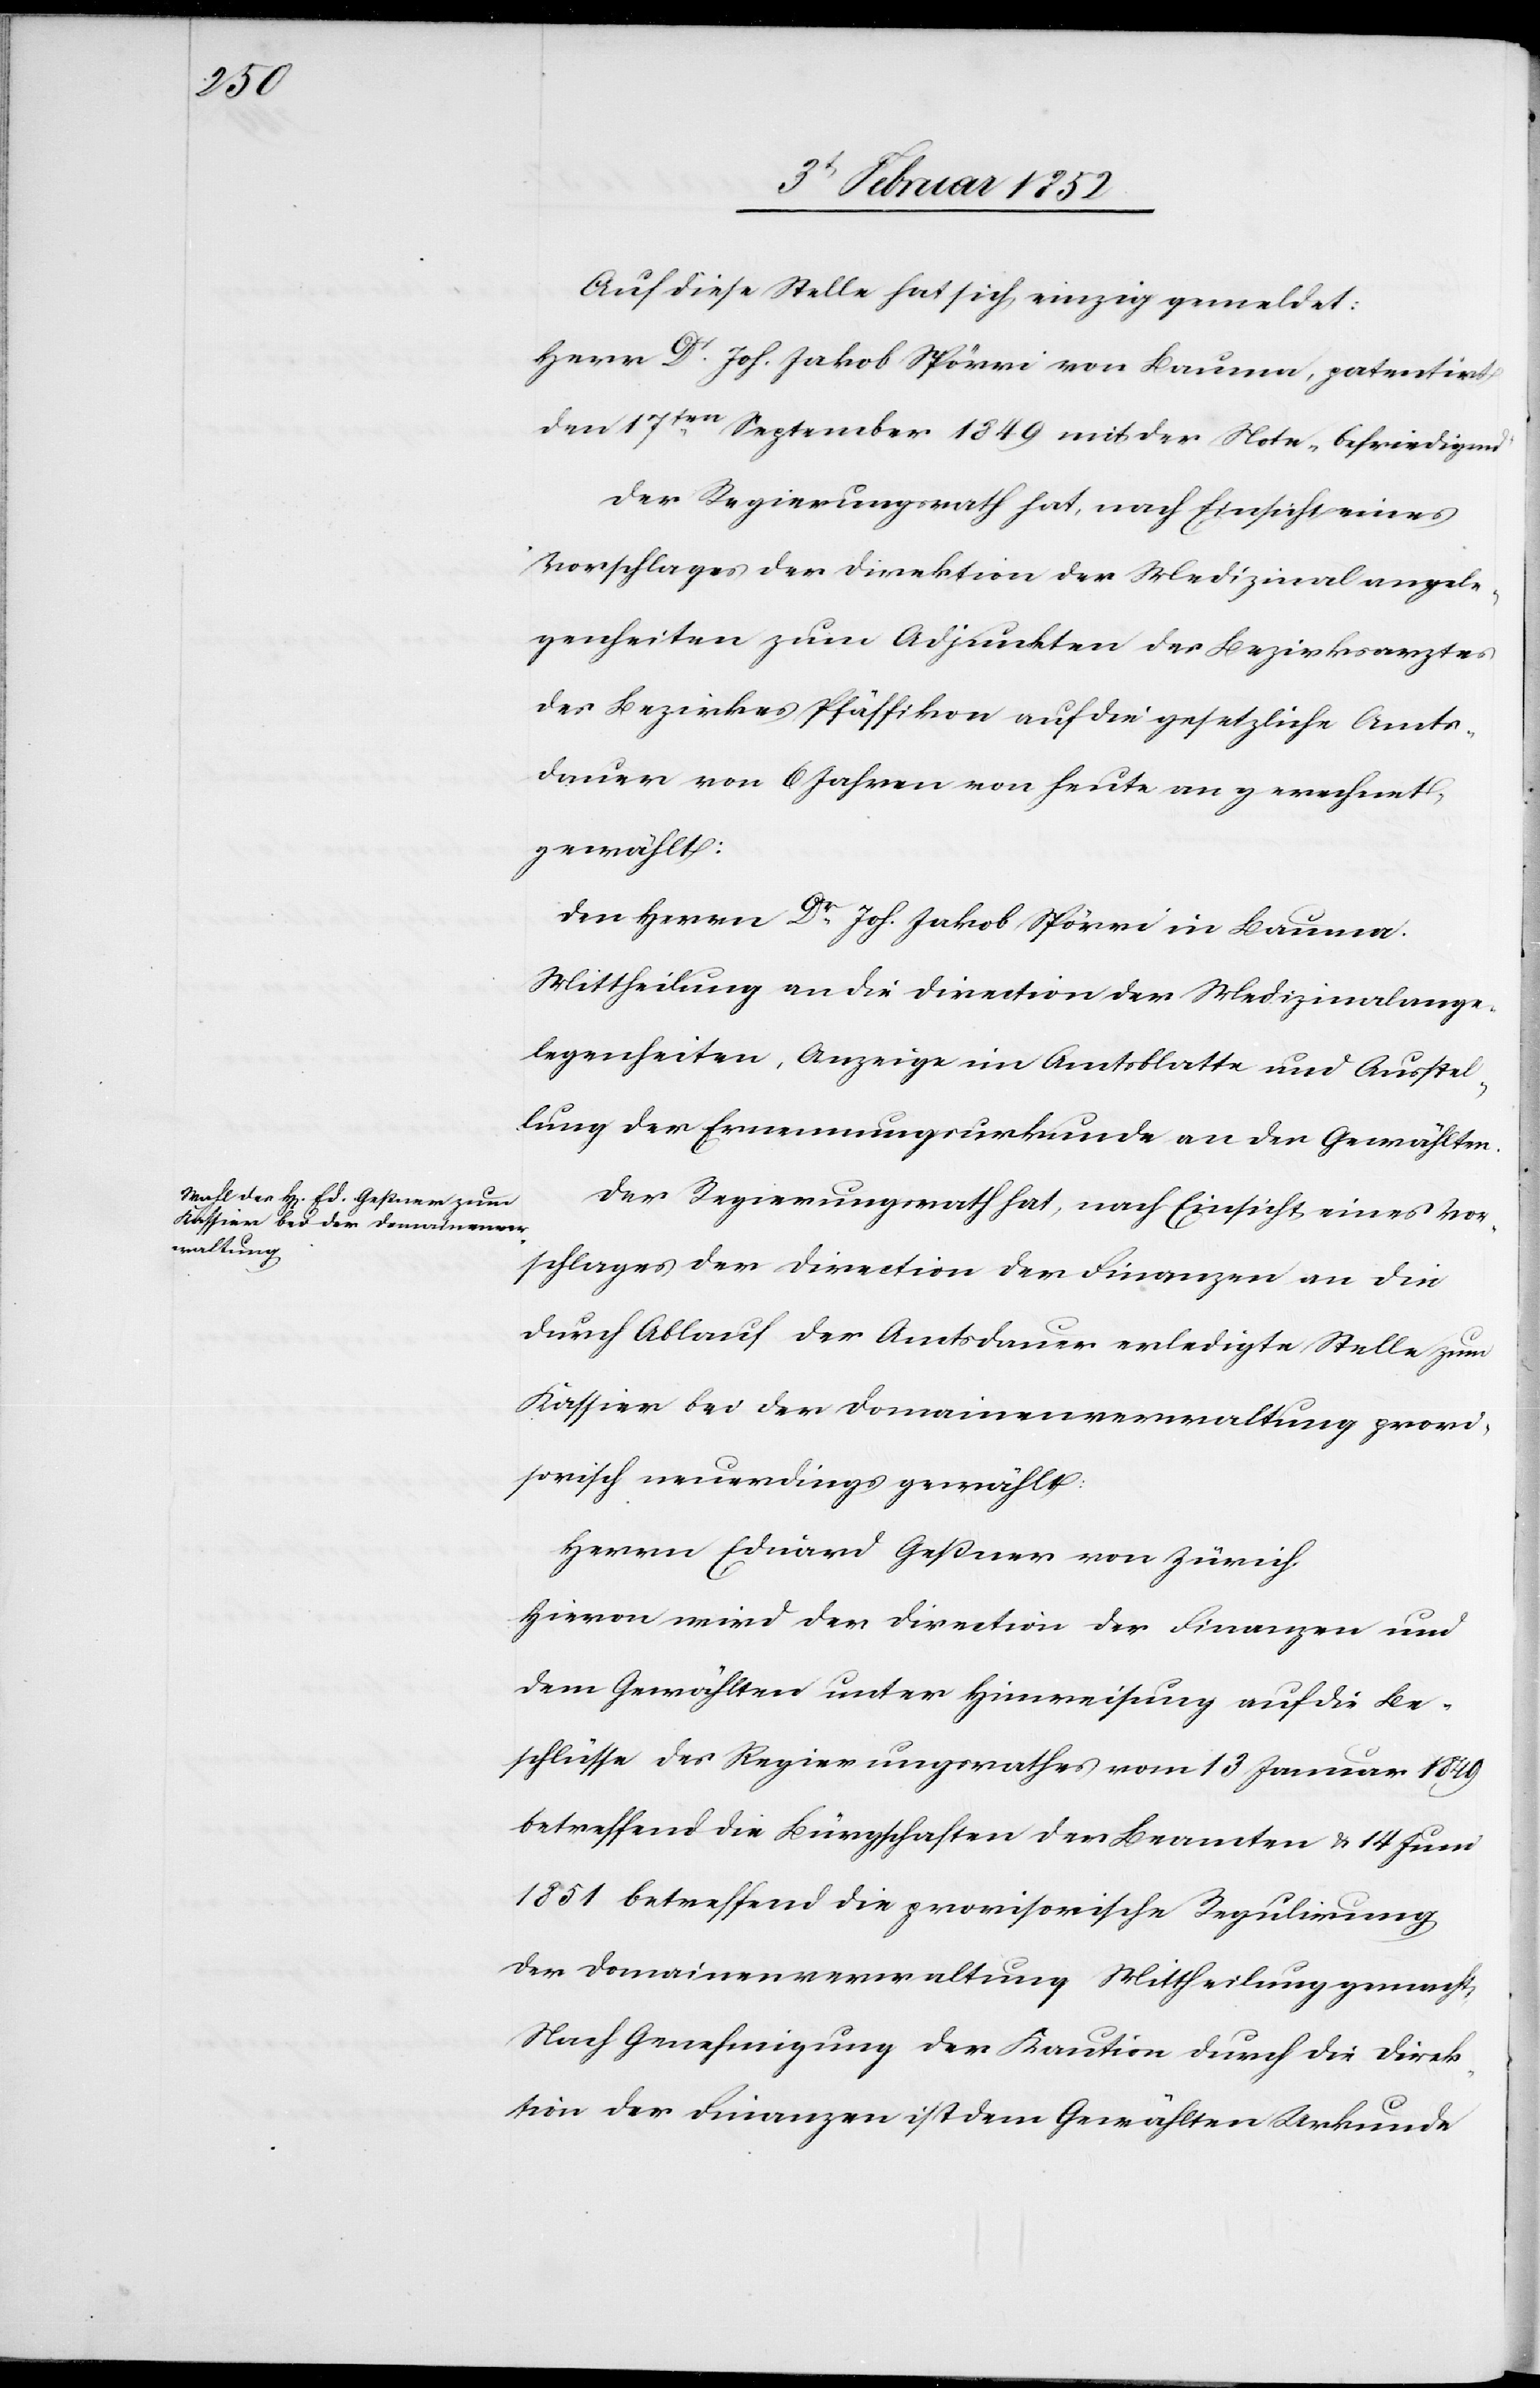
Auf diese Stelle hat sich einzig gemeldet:
Herrn Dr Joh. Jakob Spörri von Bauma, patentirt
den 17ten September 1849 mit der Note „befriedigend“
Der Regierungsrath hat, nach Einsicht eines
Vorschlages der Direktion der Medizinalangele¬
genheiten zum Adjunkten des Bezirksarztes
des Bezirkes Pfäffikon auf die gesetzliche Amts¬
dauer von 6 Jahren von heute an gerechnet
gewählt:
Den Herrn Dr Joh. Jakob Spörri in Bauma.
Mittheilung an die Direction der Medizinalange¬
legenheiten, Anzeige im Amtsblatte und Ausstel¬
lung der Ernennungsurkunde an den Gewählten.
Der Regierungsrath hat, nach Einsicht eines Vor¬
schlages der Direction der Finanzen an die
durch Ablauf der Amtsdauer erledigte Stelle zum
Kassier bei der Domainenverwaltung provi¬
sorisch neuerdings gewählt:
Herrn Eduard Geßner von Zürich.
Hievon wird der Direction der Finanzen und
dem Gewählten unter Hinweisung auf die Be¬
schlüsse des Regierungsrathes vom 13 Januar 1849
betreffend die Bürgschaften der Beamten v. 14. Juni
1851 betreffend die provisorische Regulirung
der Domainenverwaltung Mittheilung gemacht.
Nach Genehmigung der Kaution durch die Direk¬
tion der Finanzen ist dem Gewählten Urkunde